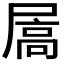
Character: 𪨓